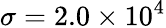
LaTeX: \sigma=2.0\times 10^{4}